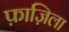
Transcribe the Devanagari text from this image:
फ़ाज़िला